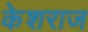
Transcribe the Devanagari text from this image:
केशराज